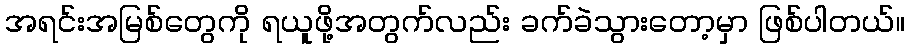
အရင်းအမြစ်တွေကို ရယူဖို့အတွက်လည်း ခက်ခဲသွားတော့မှာ ဖြစ်ပါတယ်။